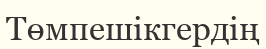
Төмпешікгердің